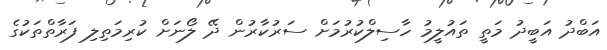
އަބްދު އަބީދު މަތީ ތައުލީމު ހާސިލްކުރުމަށް ސަރުކާރުން ދޭ ލޯނަށް ކުރިމަތިލި ފަރާތްތަކުގެ